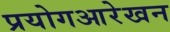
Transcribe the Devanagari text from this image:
प्रयोगआरेखन